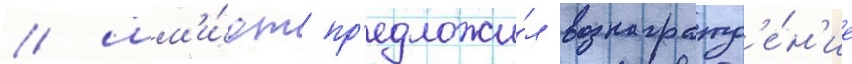
/ шм'и́дт пр'едложи́л вознагражд'е́н'ие